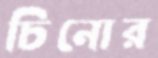
চিনোর